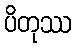
ပိတုဿ